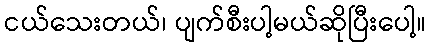
ငယ်သေးတယ်၊ ပျက်စီးပါ့မယ်ဆိုပြီးပေါ့။